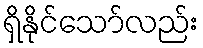
ရှိနိုင်သော်လည်း